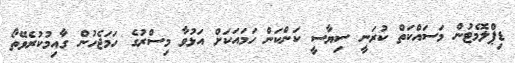
ޑިޕްލޮމެޓުން މަސައްކަތް ކުރަނީ ސިޔާސީ ކަންކަން ހަމައަކަށް އަޅުވާ މިސްރުގެ ހަމަޖެހުން ގާއިމުކުރެވޭތޯ